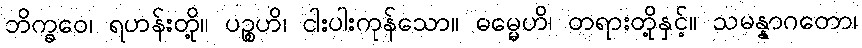
ဘိက္ခဝေ၊ ရဟန်းတို့။ ပဉ္စဟိ၊ ငါးပါးကုန်သော။ ဓမ္မေဟိ၊ တရားတို့နှင့်။ သမန္နာဂတော၊